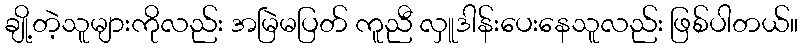
ချို့တဲ့သူများကိုလည်း အမြဲမပြတ် ကူညီ လှူဒါန်းပေးနေသူလည်း ဖြစ်ပါတယ်။